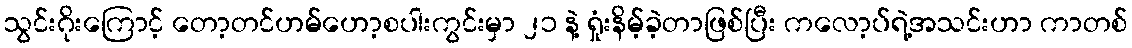
သွင်းဂိုးကြောင့် တော့တင်ဟမ်ဟော့စပါးကွင်းမှာ ၂၁ နဲ့ ရှုံးနိမ့်ခဲ့တာဖြစ်ပြီး ကလော့ပ်ရဲ့အသင်းဟာ ကာတစ်